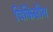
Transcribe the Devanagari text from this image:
चिकिसीय